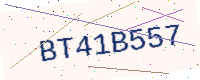
Text: BT41B557